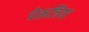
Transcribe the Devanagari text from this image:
पेरूजिया